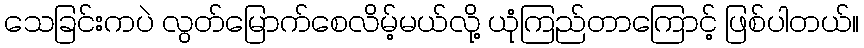
သေခြင်းကပဲ လွတ်မြောက်စေလိမ့်မယ်လို့ ယုံကြည်တာကြောင့် ဖြစ်ပါတယ်။